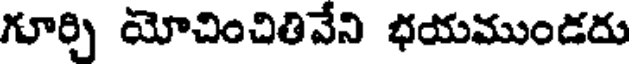
గూర్చి యోచించితివేని భయముండదు